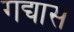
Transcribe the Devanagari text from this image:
गद्यास